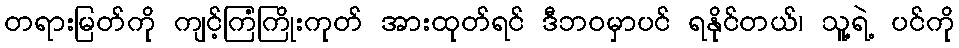
တရားမြတ်ကို ကျင့်ကြံကြိုးကုတ် အားထုတ်ရင် ဒီဘဝမှာပင် ရနိုင်တယ်၊ သူ့ရဲ့ ပင်ကို